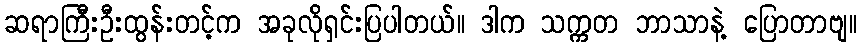
ဆရာကြီးဦးထွန်းတင့်က အခုလိုရှင်းပြပါတယ်။ ဒါက သက္ကတ ဘာသာနဲ့ ပြောတာဗျ။